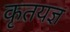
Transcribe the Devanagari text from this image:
कृतयज्ञ